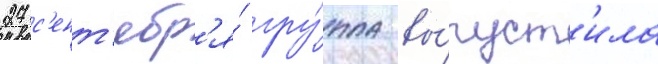
27 с'ент'ябр'я́ гру́ппа вы́пуст'ила